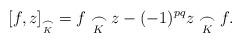
LaTeX: \begin{align*} [f, z]_{\underset{K}{\frown}} =f\underset{K}{\frown} z - (-1)^{pq} z\underset{K}{\frown} f.\end{align*}